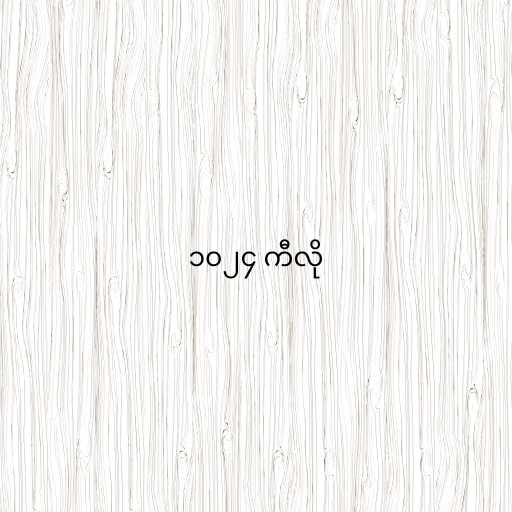
၁၀၂၄ ကီလို